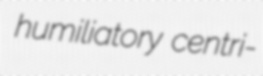
humiliatory centri-